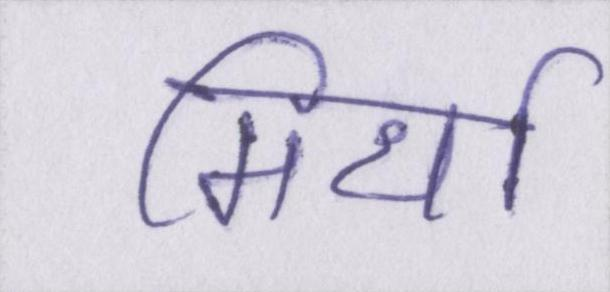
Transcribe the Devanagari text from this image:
मिर्धा